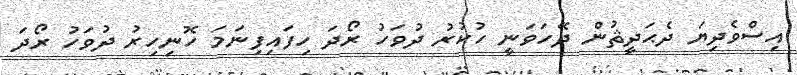
އިސްވެދިޔަ ދެޙަދީޘުން ދޭހަވަނީ ހުކުރު ދުވަހު ރޯދަ ހިފައިފިނަމަ ހޮނިހިރު ދުވަހު ރޯދަ